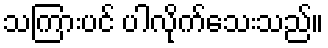
သကြားပင် ပါလိုက်သေးသည်။